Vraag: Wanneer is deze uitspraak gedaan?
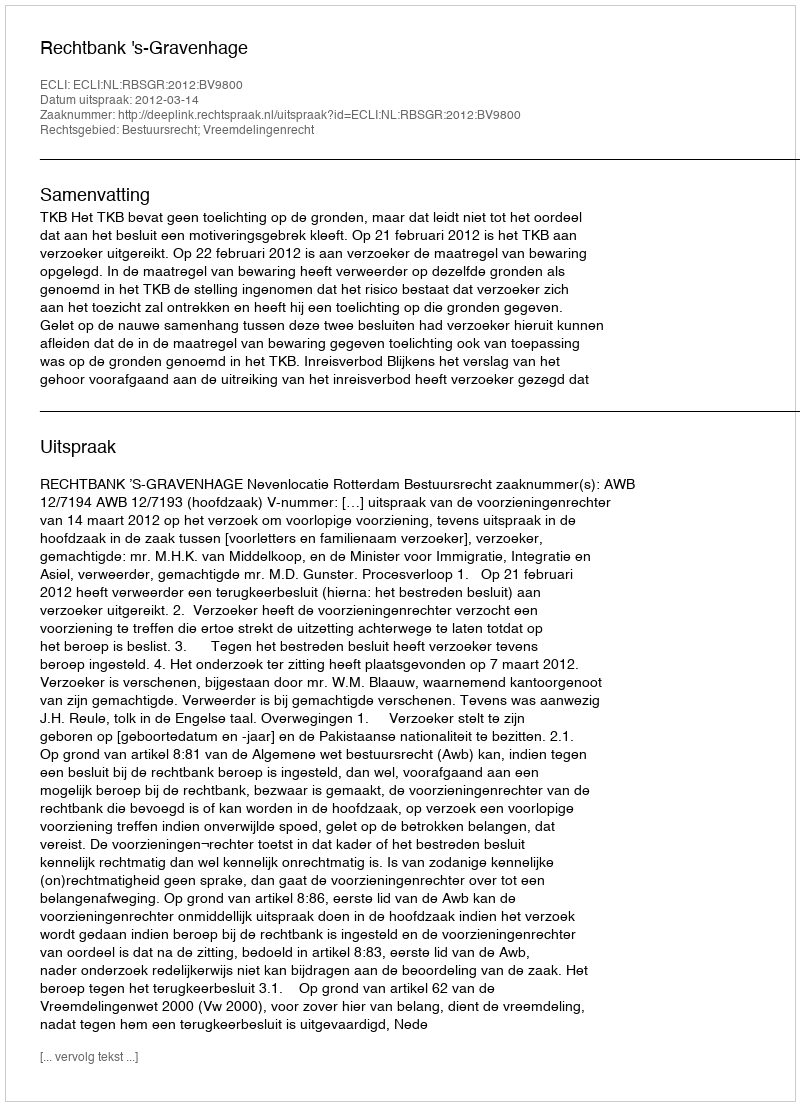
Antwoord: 2012-03-14